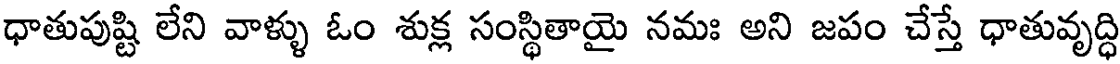
ధాతుపుష్టి లేని వాళ్ళు ఓం శుక్ల సంస్థితాయై నమః అని జపం చేస్తే ధాతువృద్ధి